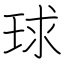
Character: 球